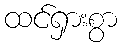
ထင်ရှားစွာ